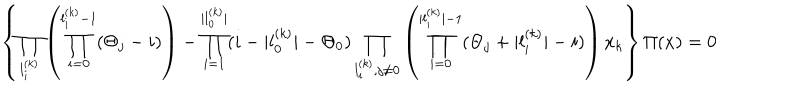
LaTeX: \left\{ \prod _ { l _ { i } ^ { ( k ) } } \left( \prod _ { i = 0 } ^ { l _ { i } ^ { ( k ) } - 1 } ( \Theta _ { j } - i ) \right) - \prod _ { i = 1 } ^ { | l _ { 0 } ^ { ( k ) } | } ( i - | l _ { 0 } ^ { ( k ) } | - \Theta _ { 0 } ) \prod _ { l _ { i } ^ { ( k ) } , j \neq 0 } \left( \prod _ { i = 0 } ^ { | l _ { i } ^ { ( k ) } | - 1 } ( \Theta _ { j } + | l _ { i } ^ { ( k ) } | - i ) \right) x _ { k } \right\} \Pi ( x ) = 0